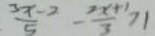
\frac { 3 x - 2 } { 5 } - \frac { 2 x + 1 } { 3 } > 1